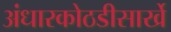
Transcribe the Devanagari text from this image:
अंधारकोठडीसार्खे